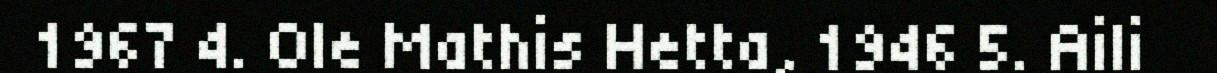
1967 4. Ole Mathis Hetta, 1946 5. Aili